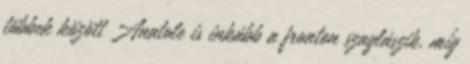
többek között Anatole is inkább a fronton szaglászik, míg